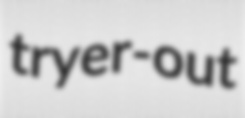
tryer-out